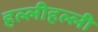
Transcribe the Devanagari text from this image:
हल्लीहल्ली